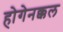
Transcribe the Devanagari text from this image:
होगेनक्कल